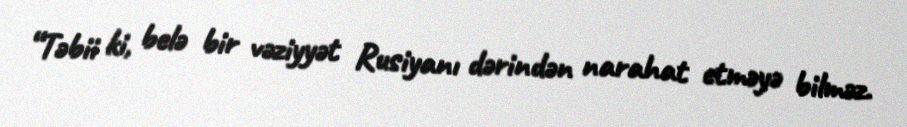
“Təbii ki, belə bir vəziyyət Rusiyanı dərindən narahat etməyə bilməz.